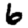
Digit: 6